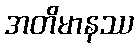
အတိမာနဿ